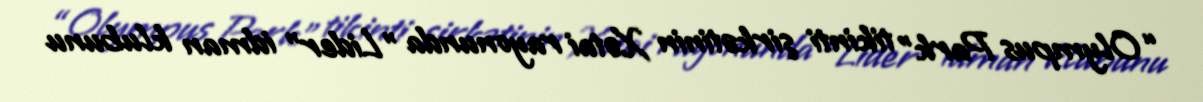
“Olympus Park” tikinti şirkətinin Xətai rayonunda "Lider" idman klubunu